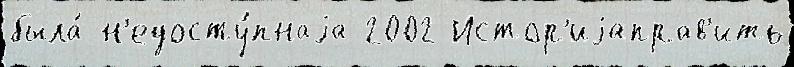
была́ н'едосту́пнаjа 2002 Истор'иjаправ'ить